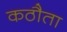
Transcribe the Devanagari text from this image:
कठौता